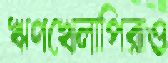
ঋণখেলাপিরাও